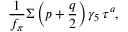
\frac { 1 } { f _ { \pi } } \Sigma \left( p + \frac { q } { 2 } \right) \gamma _ { 5 } \, \tau ^ { a } ,